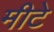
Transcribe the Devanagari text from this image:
मीटे